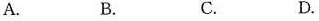
A. B. C. D.